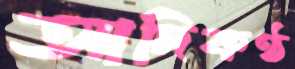
আদিকণ্ঠ